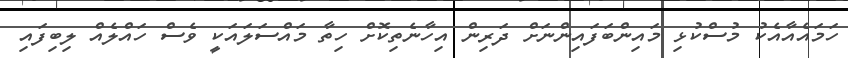
ހަމައެއާއެކު މުސްކުޅި މައިންބަފައިންނަށް ދަރިން އިހާނެތިކޮށް ހިތާ މައްސަލައަކީ ވެސް ހައްލެއް ލިބިފައި